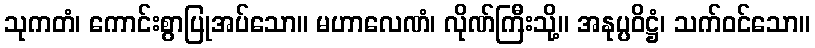
သုကတံ၊ ကောင်းစွာပြုအပ်သော။ မဟာလေဏံ၊ လိုဏ်ကြီးသို့။ အနုပ္ပဝိဋ္ဌံ၊ သက်ဝင်သော။